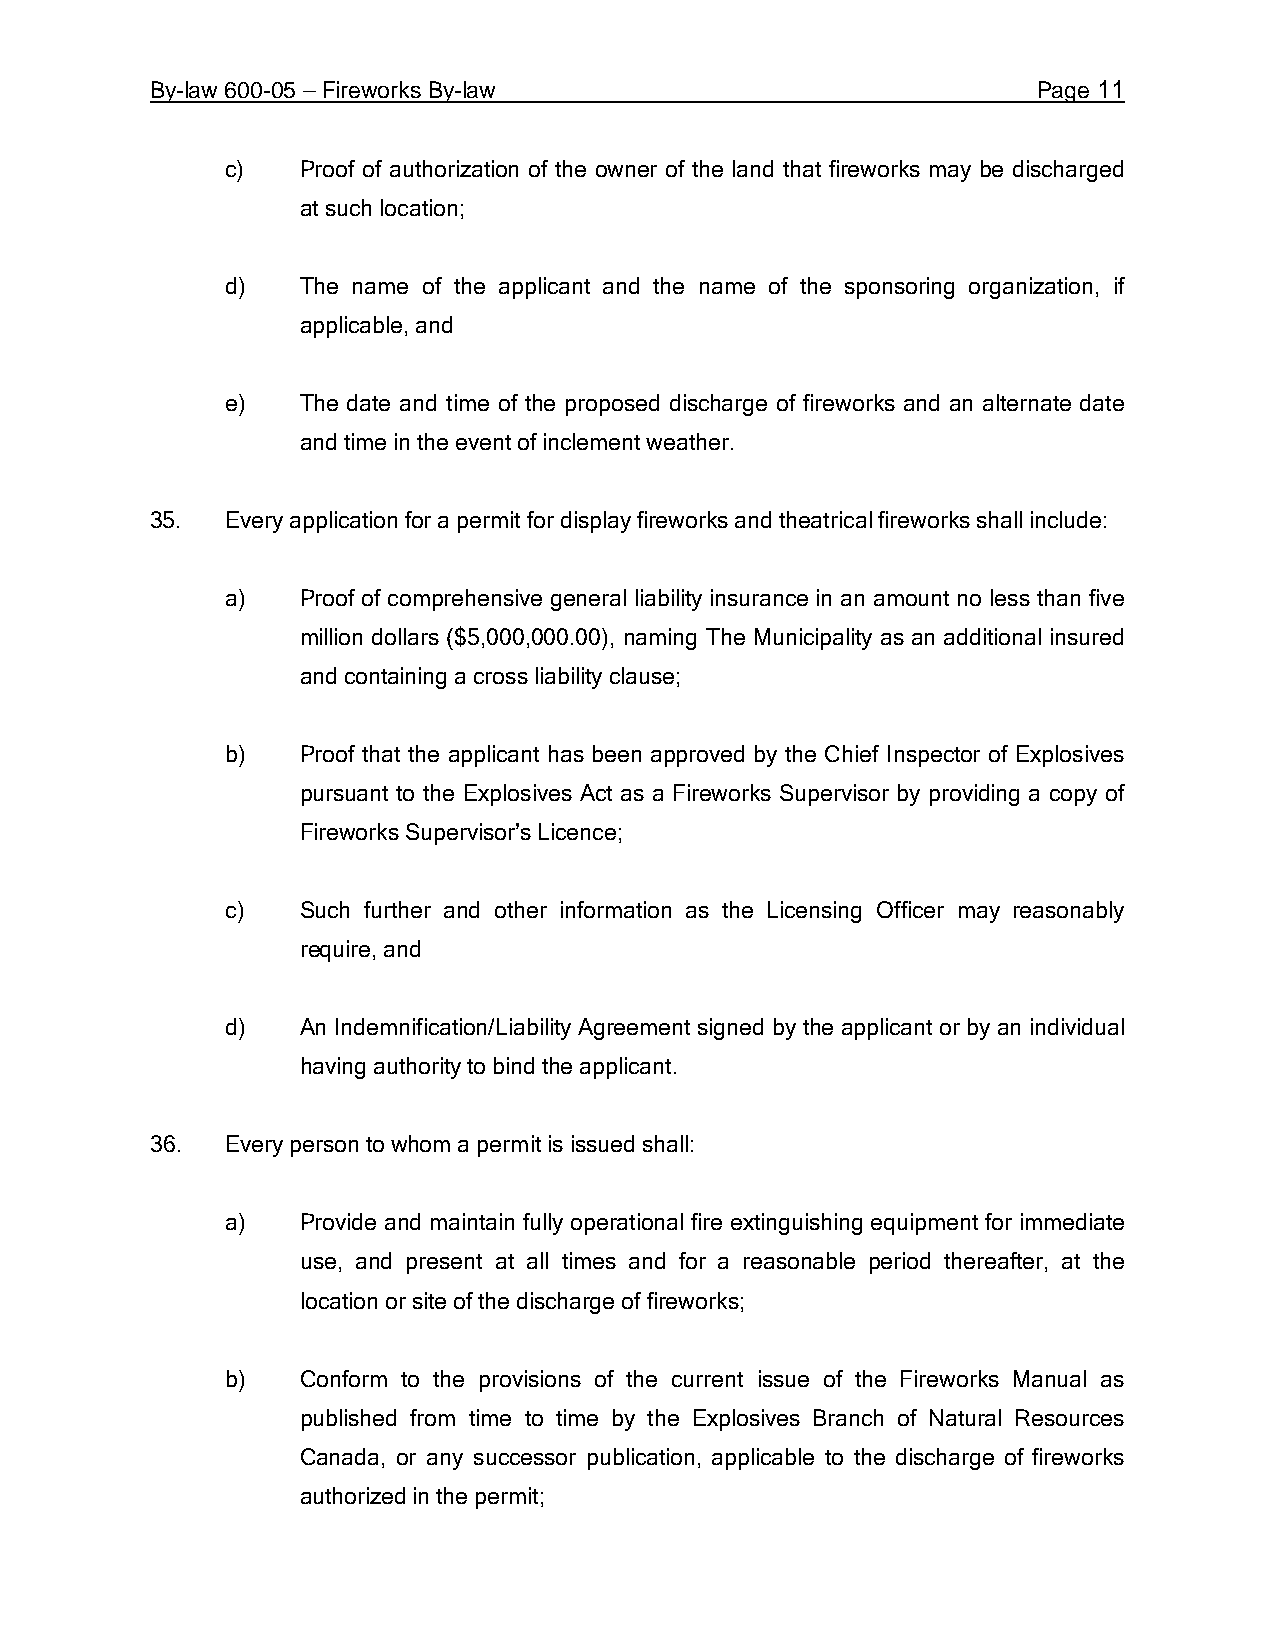
By-law 600-05 – Fireworks By-law                           Page 11
 c)   Proof of authorization of the owner of the land that fireworks may be discharged
 at such location;
 d)   The name of the applicant and the name of the sponsoring organization, if
 applicable, and
 e)   The date and time of the proposed discharge of fireworks and an alternate date
 and time in the event of inclement weather.
 35.  Every application for a permit for display fireworks and theatrical fireworks shall include:
 a)   Proof of comprehensive general liability insurance in an amount no less than five
 million dollars ($5,000,000.00), naming The Municipality as an additional insured
 and containing a cross liability clause;
 b)   Proof that the applicant has been approved by the Chief Inspector of Explosives
 pursuant to the Explosives Act as a Fireworks Supervisor by providing a copy of
 Fireworks Supervisor’s Licence;
 c)   Such further and other information as the Licensing Officer may reasonably
 require, and
 d)   An Indemnification/Liability Agreement signed by the applicant or by an individual
 having authority to bind the applicant.
 36.  Every person to whom a permit is issued shall:
 a)   Provide and maintain fully operational fire extinguishing equipment for immediate
 use, and present at all times and for a reasonable period thereafter, at the
 location or site of the discharge of fireworks;
 b)   Conform to the provisions of the current issue of the Fireworks Manual as
 published from time to time by the Explosives Branch of Natural Resources
 Canada, or any successor publication, applicable to the discharge of fireworks
 authorized in the permit;